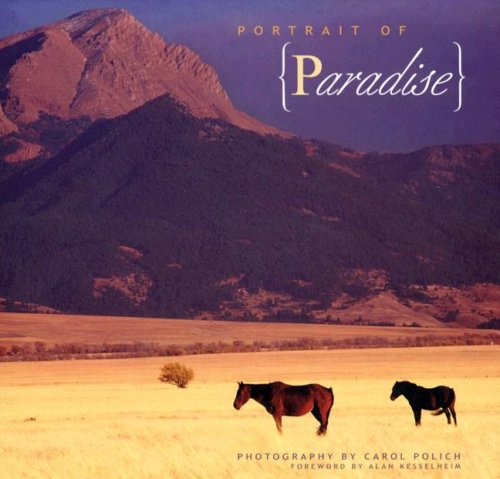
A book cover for Portrait of Paradise; photography by Carol Polich; Travel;